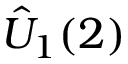
\hat { U } _ { 1 } ( 2 )